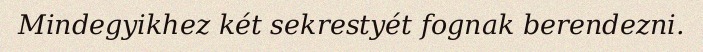
Mindegyikhez két sekrestyét fognak berendezni.